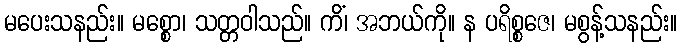
မပေးသနည်း။ မစ္စော၊ သတ္တဝါသည်။ ကိံ၊ အဘယ်ကို။ န ပရိစ္စဇေ၊ မစွန့်သနည်း။